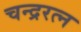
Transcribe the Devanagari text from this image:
चन्द्ररत्न